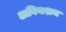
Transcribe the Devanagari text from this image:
अवियशन